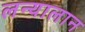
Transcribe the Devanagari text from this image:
लन्यालान